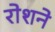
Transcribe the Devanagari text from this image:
रोशने